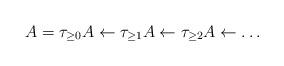
LaTeX: \begin{align*} A = \tau_{\geq 0}A \leftarrow \tau_{\geq 1} A \leftarrow \tau_{\geq 2} A \leftarrow \dots \end{align*}